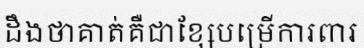
ដឹងថាគាត់គឺជាខ្សែបម្រើការពារ